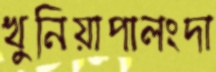
খুনিয়াপালংদা